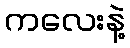
ကလေးနဲ့